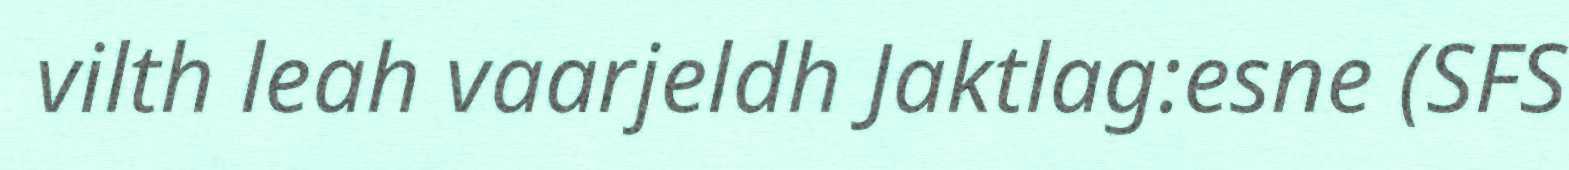
vilth leah vaarjeldh Jaktlag:esne (SFS